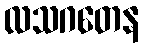
လသဂတေန